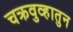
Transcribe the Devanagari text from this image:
चक्रवुव्हातुन